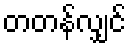
တတန်လျှင်